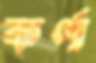
কর্ণা